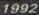
1992